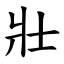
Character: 壯